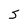
Character: S